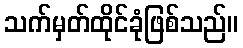
သက်မှတ်ထိုင်ခုံဖြစ်သည်။